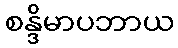
စန္ဒိမာပဘာယ